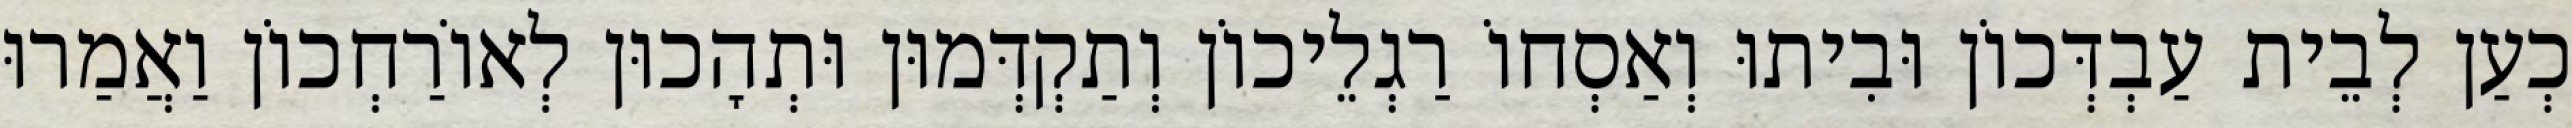
כְעַן לְבֵית עַבְדְּכוֹן וּבִיתוּ וְאַסְחוֹ רַגְלֵיכוֹן וְתַקְדְּמוּן וּתְהָכוּן לְאוֹרַחְכוֹן וַאֲמַרוּ